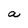
Character: a